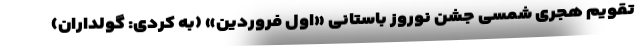
تقویم هجری شمسی جشن نوروز باستانی «اول فروردین» (به کردی: گولداران)